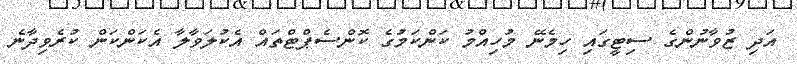
އަދި ޒުވާނުންގެ ސިޓީގައި ހިމެނޭ މުހިއްމު ކަންކަމުގެ ކޮންސެޕްޓްތައް އެކުލަވާލާ އެކަންކަން ކުރެވިދާނެ